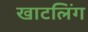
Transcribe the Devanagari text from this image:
खाटलिंग